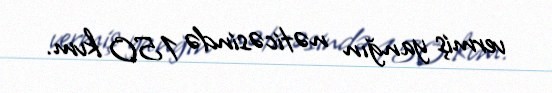
vermiş yanğın nəticəsində 150 kvm.